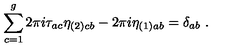
\sum _ { c = 1 } ^ { g } 2 \pi i \tau _ { a c } \eta _ { ( 2 ) c b } - 2 \pi i \eta _ { ( 1 ) a b } = \delta _ { a b } \ .